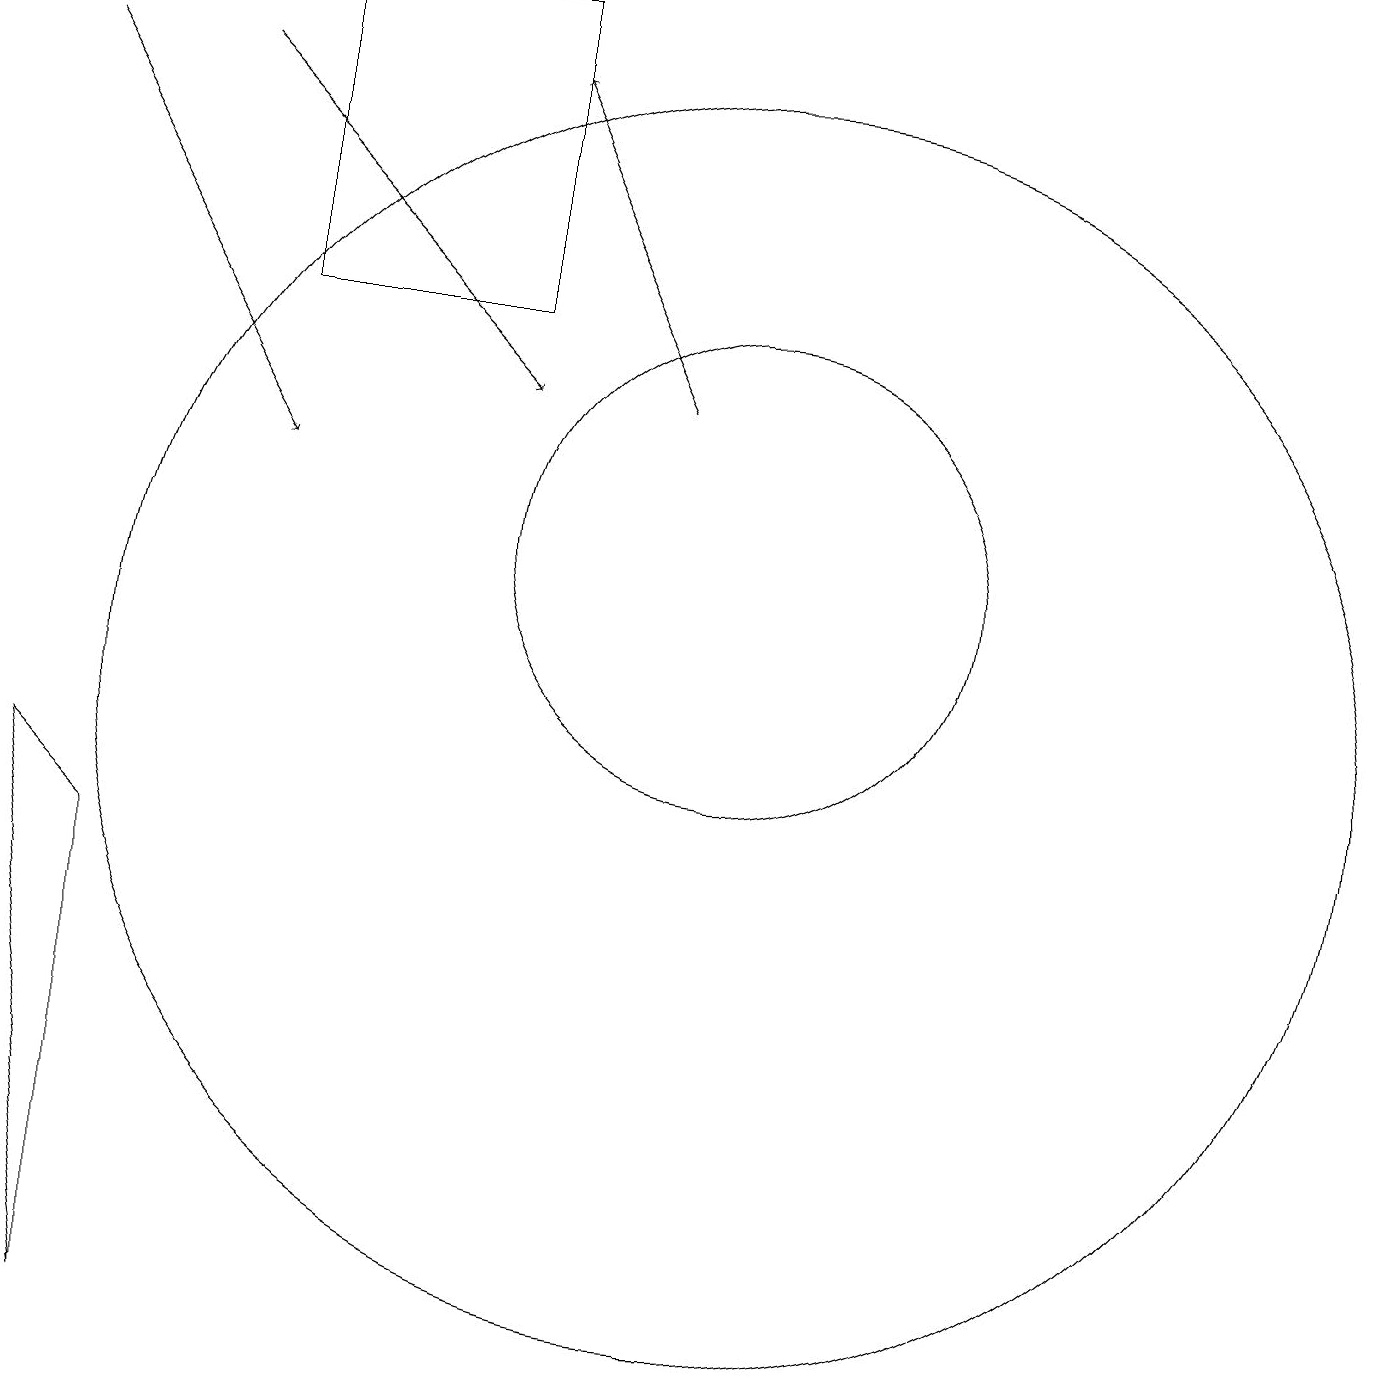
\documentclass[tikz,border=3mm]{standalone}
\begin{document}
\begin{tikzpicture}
\draw[->] (1,18) -- (4,13);
\draw[->] (9,14) -- (7,18);
\draw[->] (3,18) -- (7,14);
\draw (4,19) rectangle (7,15);
\draw (2,2) -- (2,8) -- (1,9) -- cycle;
\draw (10,12) circle (3);
\draw (10,10) circle (8);
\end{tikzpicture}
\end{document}